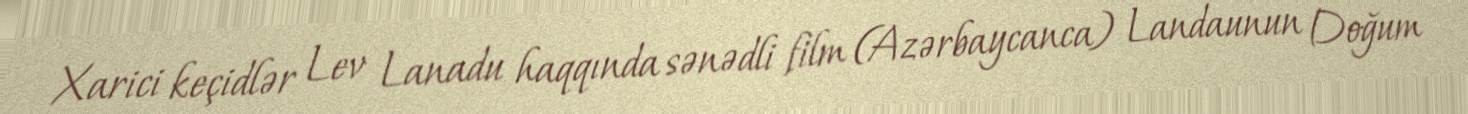
Xarici keçidlər Lev Lanadu haqqında sənədli film (Azərbaycanca) Landaunun Doğum